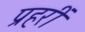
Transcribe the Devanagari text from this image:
प्रहरीं